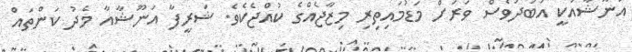
އަނޫޝާއަކީ އަބަދުވެސް ވަރަށް މަޑުމައިތިރި މިޒާޖެއްގެ ކުއްޖެކެވެ. ޝަރީފާ އަނޫޝާއާ މެދު ކަންތައް